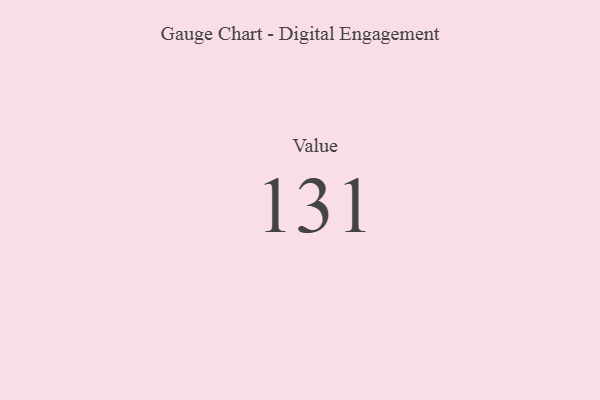
{"axis": {"x": "Metric", "y": "Value"}, "legend": [""], "data": [{"x": "Value", "y": 131, "type": ""}]}